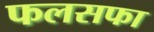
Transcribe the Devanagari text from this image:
फलसफा